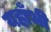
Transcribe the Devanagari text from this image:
यहाँभी